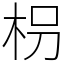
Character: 枴